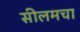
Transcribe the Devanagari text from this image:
सीलमचा